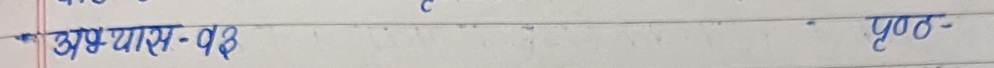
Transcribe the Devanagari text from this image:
अभ्यास-१३ पृष्ठ-